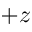
+ z